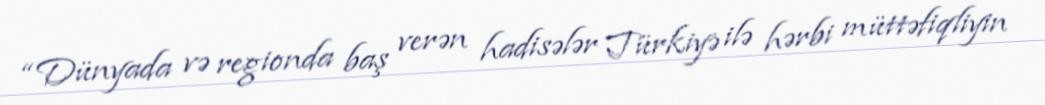
“Dünyada və regionda baş verən hadisələr Türkiyə ilə hərbi müttəfiqliyin